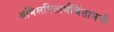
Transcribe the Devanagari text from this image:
अभिलषितार्थचिंतामणी